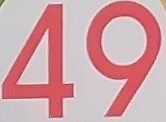
49